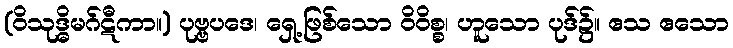
(ဝိသုဒ္ဓိမဂ်ဋီကာ။) ပုဗ္ဗပဒေ၊ ရှေ့ဖြစ်သော ဝိဝိစ္စ၊ ဟူသော ပုဒ်၌။ ဧသ ဧသော